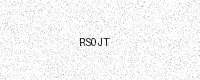
Text: RS0JT